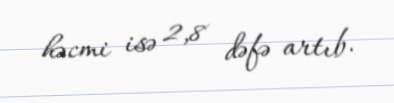
həcmi isə 2,8 dəfə artıb.